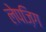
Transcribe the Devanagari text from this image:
लेपज़िग